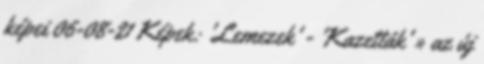
képei 06-08-21 Képek: 'Lemezek' - 'Kazetták' » az új